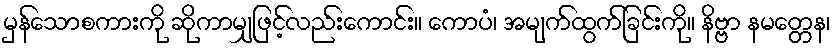
မှန်သောစကားကို ဆိုကာမျှဖြင့်လည်းကောင်း။ ကောပံ၊ အမျက်ထွက်ခြင်းကို။ နိဗ္ဗာ နမတ္တေန၊